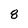
Character: 8